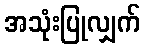
အသုံးပြုလျှက်